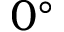
0 ^ { \circ }